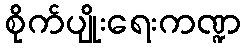
စိုက်ပျိုးရေးကဏ္ဍ